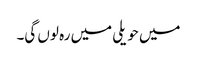
میں حویلی میں رہ لوں گی۔